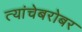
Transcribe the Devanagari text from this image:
त्यांचेबरोबर